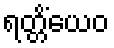
ရတ္တိံယေဝ